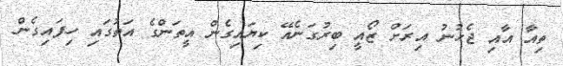
ތިއާ އާއި ޖެހުނު އިރަށް ޒޯއީ ބިރުގަނެއޭ ކިޔައިގެން އީތަންގެ އަތުގައި ހިފައިގެން